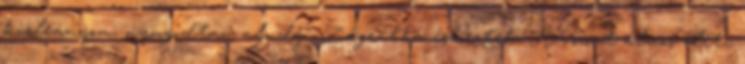
kisleányom, nyugodtan aludj". Zágrábba érkeztek. A vonat álmos élete